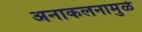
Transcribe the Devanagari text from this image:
अनाकलनामुळे